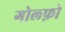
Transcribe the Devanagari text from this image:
गोल्फ़ो